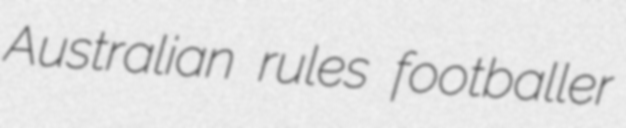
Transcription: Australian rules footballer